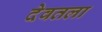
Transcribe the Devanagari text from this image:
देवतला